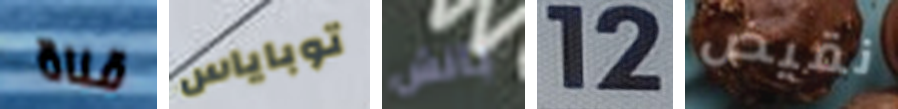
قناة توباياس بانش 12 نقيض